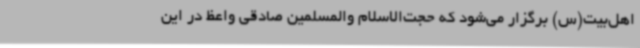
اهل‌بیت(س) برگزار می‌شود که حجت‌الاسلام‌ والمسلمین صادقی واعظ در این